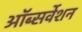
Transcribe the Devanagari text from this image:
ऑब्सर्वेशन